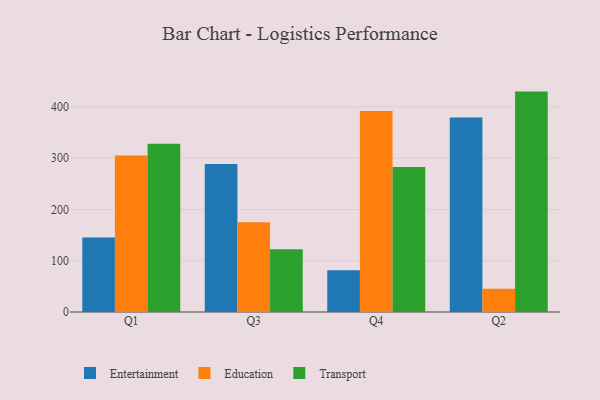
{"axis": {"x": "Quarter", "y": "Latency (ms)"}, "legend": ["Education", "Entertainment", "Transport"], "data": [{"x": "Q1", "y": 145.3, "type": "Entertainment"}, {"x": "Q1", "y": 304.9, "type": "Education"}, {"x": "Q1", "y": 328.2, "type": "Transport"}, {"x": "Q3", "y": 288.6, "type": "Entertainment"}, {"x": "Q3", "y": 175.1, "type": "Education"}, {"x": "Q3", "y": 122.5, "type": "Transport"}, {"x": "Q4", "y": 81.5, "type": "Entertainment"}, {"x": "Q4", "y": 391.7, "type": "Education"}, {"x": "Q4", "y": 282.7, "type": "Transport"}, {"x": "Q2", "y": 379.0, "type": "Entertainment"}, {"x": "Q2", "y": 45.5, "type": "Education"}, {"x": "Q2", "y": 429.7, "type": "Transport"}]}